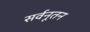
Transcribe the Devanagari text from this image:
सर्वनूतन